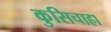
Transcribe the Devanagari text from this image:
कुसिचाहा